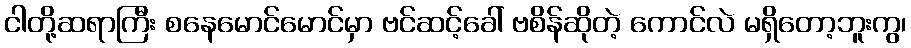
ငါတို့ဆရာကြီး စနေမောင်မောင်မှာ ဗင်ဆင့်ခေါ် ဗစိန်ဆိုတဲ့ ကောင်လဲ မရှိတော့ဘူးကွ၊